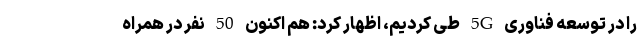
را در توسعه فناوری 5G طی کردیم، اظهار کرد: هم اکنون 50 نفر در همراه